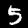
Label: 5